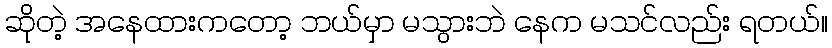
ဆိုတဲ့ အနေထားကတော့ ဘယ်မှာ မသွားဘဲ နေက မသင်လည်း ရတယ်။